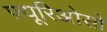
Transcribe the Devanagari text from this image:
फ़्यूरिओसो